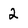
Character: 2